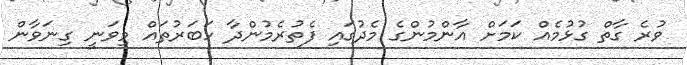
ވުރެ ގާތް ގުޅުމެއް ކަމަށް އާންމުންގެ މެދުގައި ފެތުރެމުންދާ ހަބަރުތައް މިވަނީ ގިނަވާން